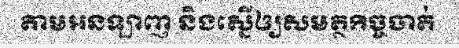
តាមអនឡាញ និងស្នើឲ្យសមត្ថកិច្ចចាត់